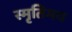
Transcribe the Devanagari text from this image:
स्मृतिमय